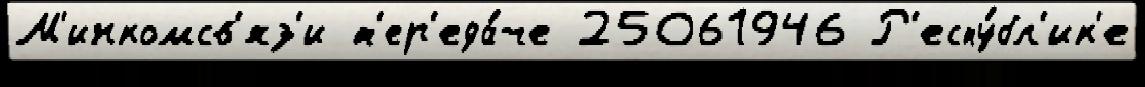
М'инкомсв'яз'и п'ер'еда́че 25061946 Р'еспу́бл'ик'е